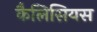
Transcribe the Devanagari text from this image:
कैलिसियस